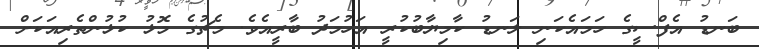
ބަނޑު އެފްސީގެ ހަމައެކަނި ލަނޑު ކާމިޔާބުކުރީ އަހުމަދު ބާރީއެވެ. މެޗުގެ މޮޅު ކުޅުންތެރިއަކަށް